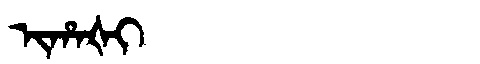
Manchu: ᡳᡥᠠᡧᡳ
Romanization: IHAŠI